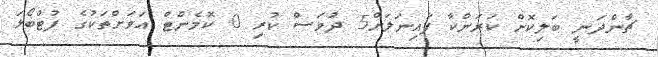
ޗާންދަނީ ބަލިކޮށް ކަރަންކާ ފައިނަލަށް5 ދުވަސް ކުރި 0 ކޮމެންޓް އަވަށްތަކުގެ ފުޓްބޯޅަ